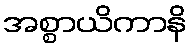
အစ္စာယိကာနိ